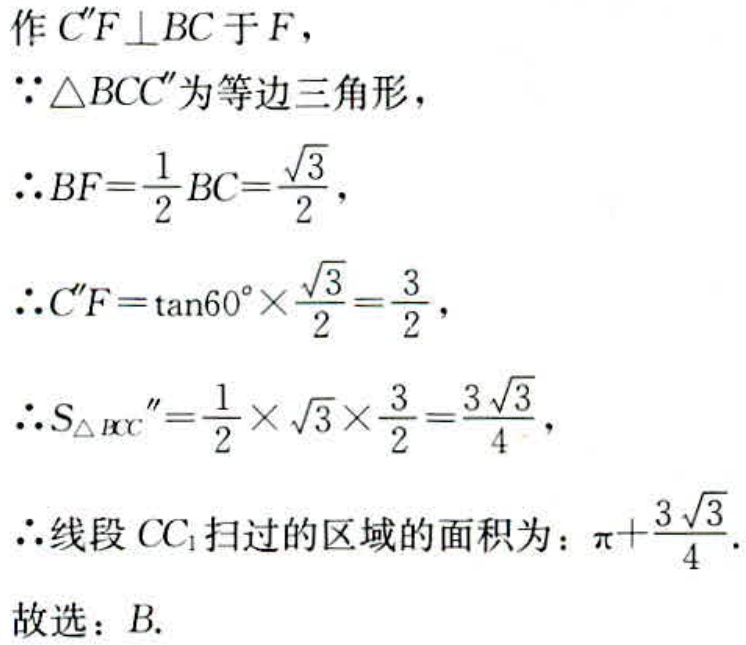
作 \(C'F \perp BC\) 于 \(F\)，
\(\because \triangle BCC'\) 为等边三角形，
\(\therefore BF = \frac{1}{2}BC=\frac{\sqrt{3}}{2}\)，
\(\therefore C'F=\tan60^{\circ}\times\frac{\sqrt{3}}{2}=\frac{3}{2}\)，
\(\therefore S_{\triangle BCC'}=\frac{1}{2}\times\sqrt{3}\times\frac{3}{2}=\frac{3\sqrt{3}}{4}\)，
\(\therefore\) 线段 \(CC_{1}\) 扫过的区域的面积为：\(\pi + \frac{3\sqrt{3}}{4}\).
故选：\(B\).